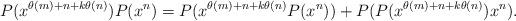
LaTeX: \begin{align*}P(x^{\theta(m)+n+k\theta(n)})P(x^n)=P(x^{\theta(m)+n+k\theta(n)}P(x^n))+P(P(x^{\theta(m)+n+k\theta(n)})x^n).\end{align*}